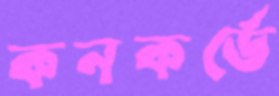
কনকর্ডে